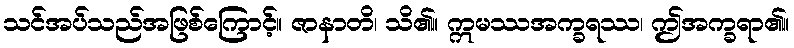
သင်အပ်သည်အဖြစ်ကြောင့်။ ဇာနာတိ၊ သိ၏။ ဣမဿအက္ခရဿ၊ ဤအက္ခရာ၏။